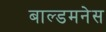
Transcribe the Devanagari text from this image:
बाल्डमनेस